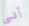
أقسى